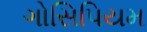
ગોસિપિયમ